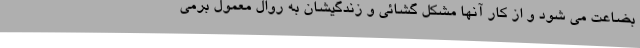
بضاعت می شود و از کار آنها مشکل گشائی و زندگیشان به روال معمول برمی